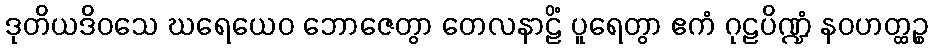
ဒုတိယဒိဝသေ ဃရေယေဝ ဘောဇေတွာ တေလနာဠိံ ပူရေတွာ ဧကံ ဂုဠပိဏ္ဍံ နဝဟတ္ထဉ္စ